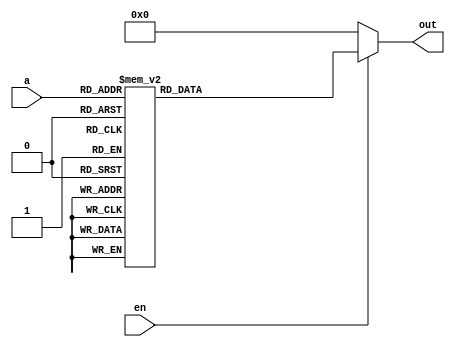
module decoder_3_to_8(
	
	//inputs
	input en,
	input [2:0] a,
	
	//outputs
	output reg [7:0] out );
	
	always @(*) begin
		
		if(en != 1) begin
			out = 0;
		end
		else begin
			case(a)
				3'b000: out = 8'b00000001;
				3'b001: out = 8'b00000010;
				3'b010: out = 8'b00000100;
				3'b011: out = 8'b00001000;
				3'b100: out = 8'b00010000;
				3'b101: out = 8'b00100000;
				3'b110: out = 8'b01000000;
				3'b111: out = 8'b10000000;
				//default
				default: out = 8'b00000000;
			endcase
		end
	end

endmodule